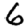
Digit: 6